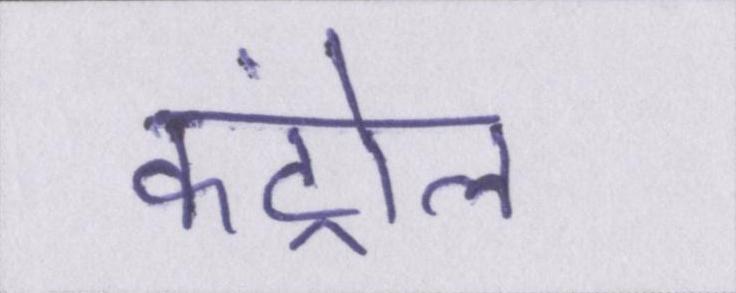
कंट्रोल